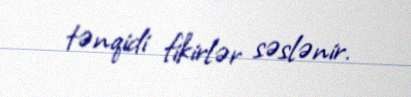
tənqidi fikirlər səslənir.